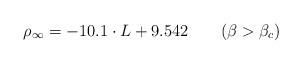
LaTeX: \begin{align*}\rho_\infty = -10.1\cdot L + 9.542 \qquad (\beta > \beta_c)\end{align*}